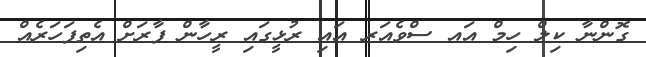
ގޮންނާ ކިލް ހިމް އައ ސްވެއަރ އައި ރުޅީގައި ރީހާން ފާރަށް އެތިފަހަރެއް